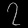
Digit: ၇